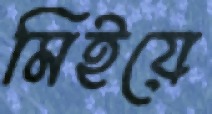
মিইয়ে